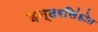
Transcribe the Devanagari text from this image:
इन्दरसिंहोत